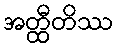
အတ္ထီတိဿ